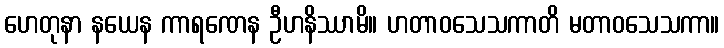
ဟေတုနာ နယေန ကာရဏေန ဦဟနိဿာမိ။ ဟတာဝသေသကာတိ မတာဝသေသကာ။